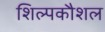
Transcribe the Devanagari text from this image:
शिल्पकौशल